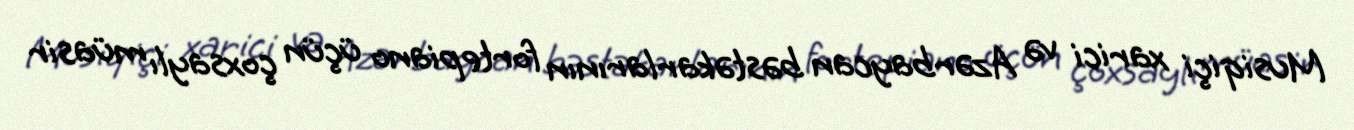
Musiqiçi xarici və Azərbaycan bəstəkarlarının fortepiano üçün çoxsaylı müasir